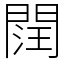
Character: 䦞